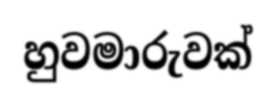
හුවමාරුවක්